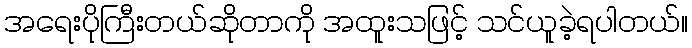
အရေးပိုကြီးတယ်ဆိုတာကို အထူးသဖြင့် သင်ယူခဲ့ရပါတယ်။